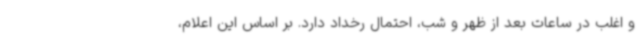
و اغلب در ساعات بعد از ظهر و شب، احتمال رخداد دارد. بر اساس این اعلام،